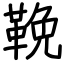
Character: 鞔